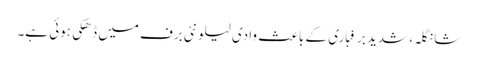
شانگلہ، شدید برفباری کے باعث وادی لیلونئی برف میں ڈھکی ہوئی ہے۔